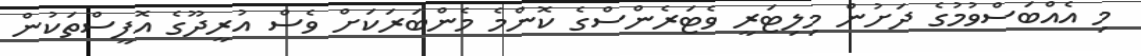
މި އެއްބަސްވުމުގެ ދަށުން މިލިޓަރީ ވެޓަރެންސްގެ ކޮންމެ މެންބަރަކަށް ވެސް އުރީދޫގެ އޮފީސްތަކުން